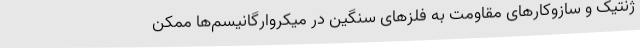
ژنتیک و سازوکارهای مقاومت به فلزهای سنگین در میکروارگانیسم‌ها ممکن